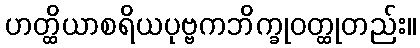
ဟတ္ထိယာစရိယပုဗ္ဗကဘိက္ခုဝတ္ထုတည်း။